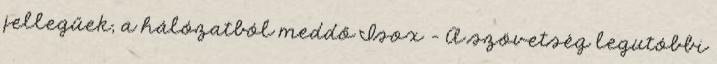
jellegűek, a hálózatból meddő Isox - A szövetség legutóbbi